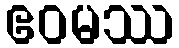
ဧဝမဿ